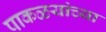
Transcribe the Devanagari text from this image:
पाकळयांच्या